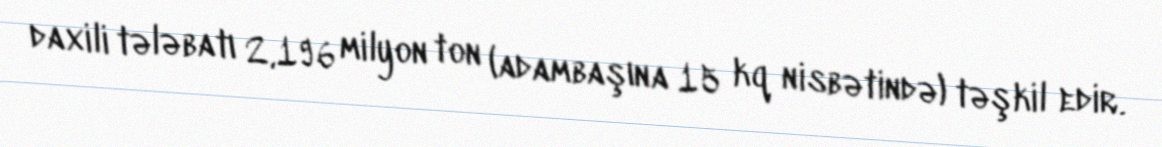
daxili tələbatı 2,196 milyon ton (adambaşına 15 kq nisbətində) təşkil edir.